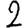
Digit: 2